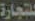
للتجارة